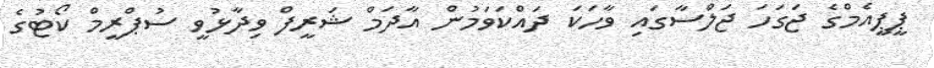
ޕީޕީއެމްގެ ޖަގަހަ ޖަލްސާގައި ވާހަކަ ދައްކަވަމުން އާދަމް ޝަރީފް ވިދާޅުވީ ސުޕްރީމް ކޯޓުގެ